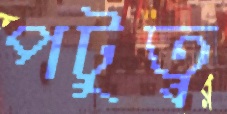
পটুত্ব